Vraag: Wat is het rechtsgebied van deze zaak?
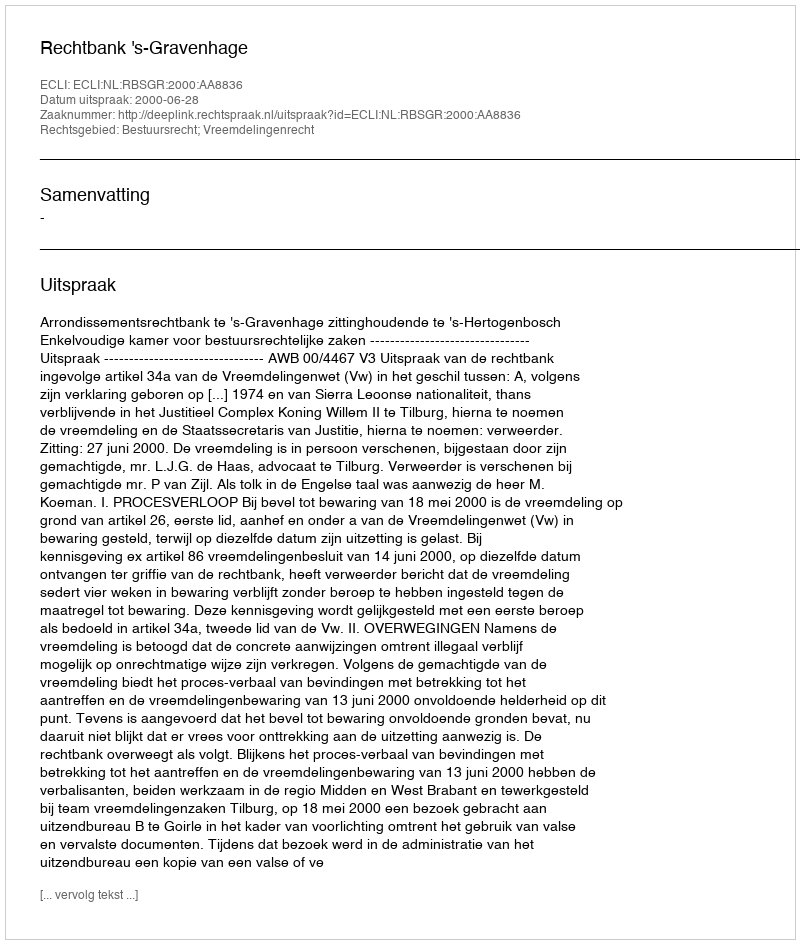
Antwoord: Bestuursrecht; Vreemdelingenrecht